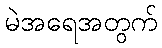
မဲအရေအတွက်